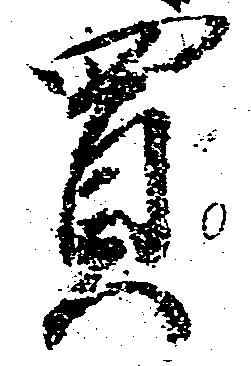
買